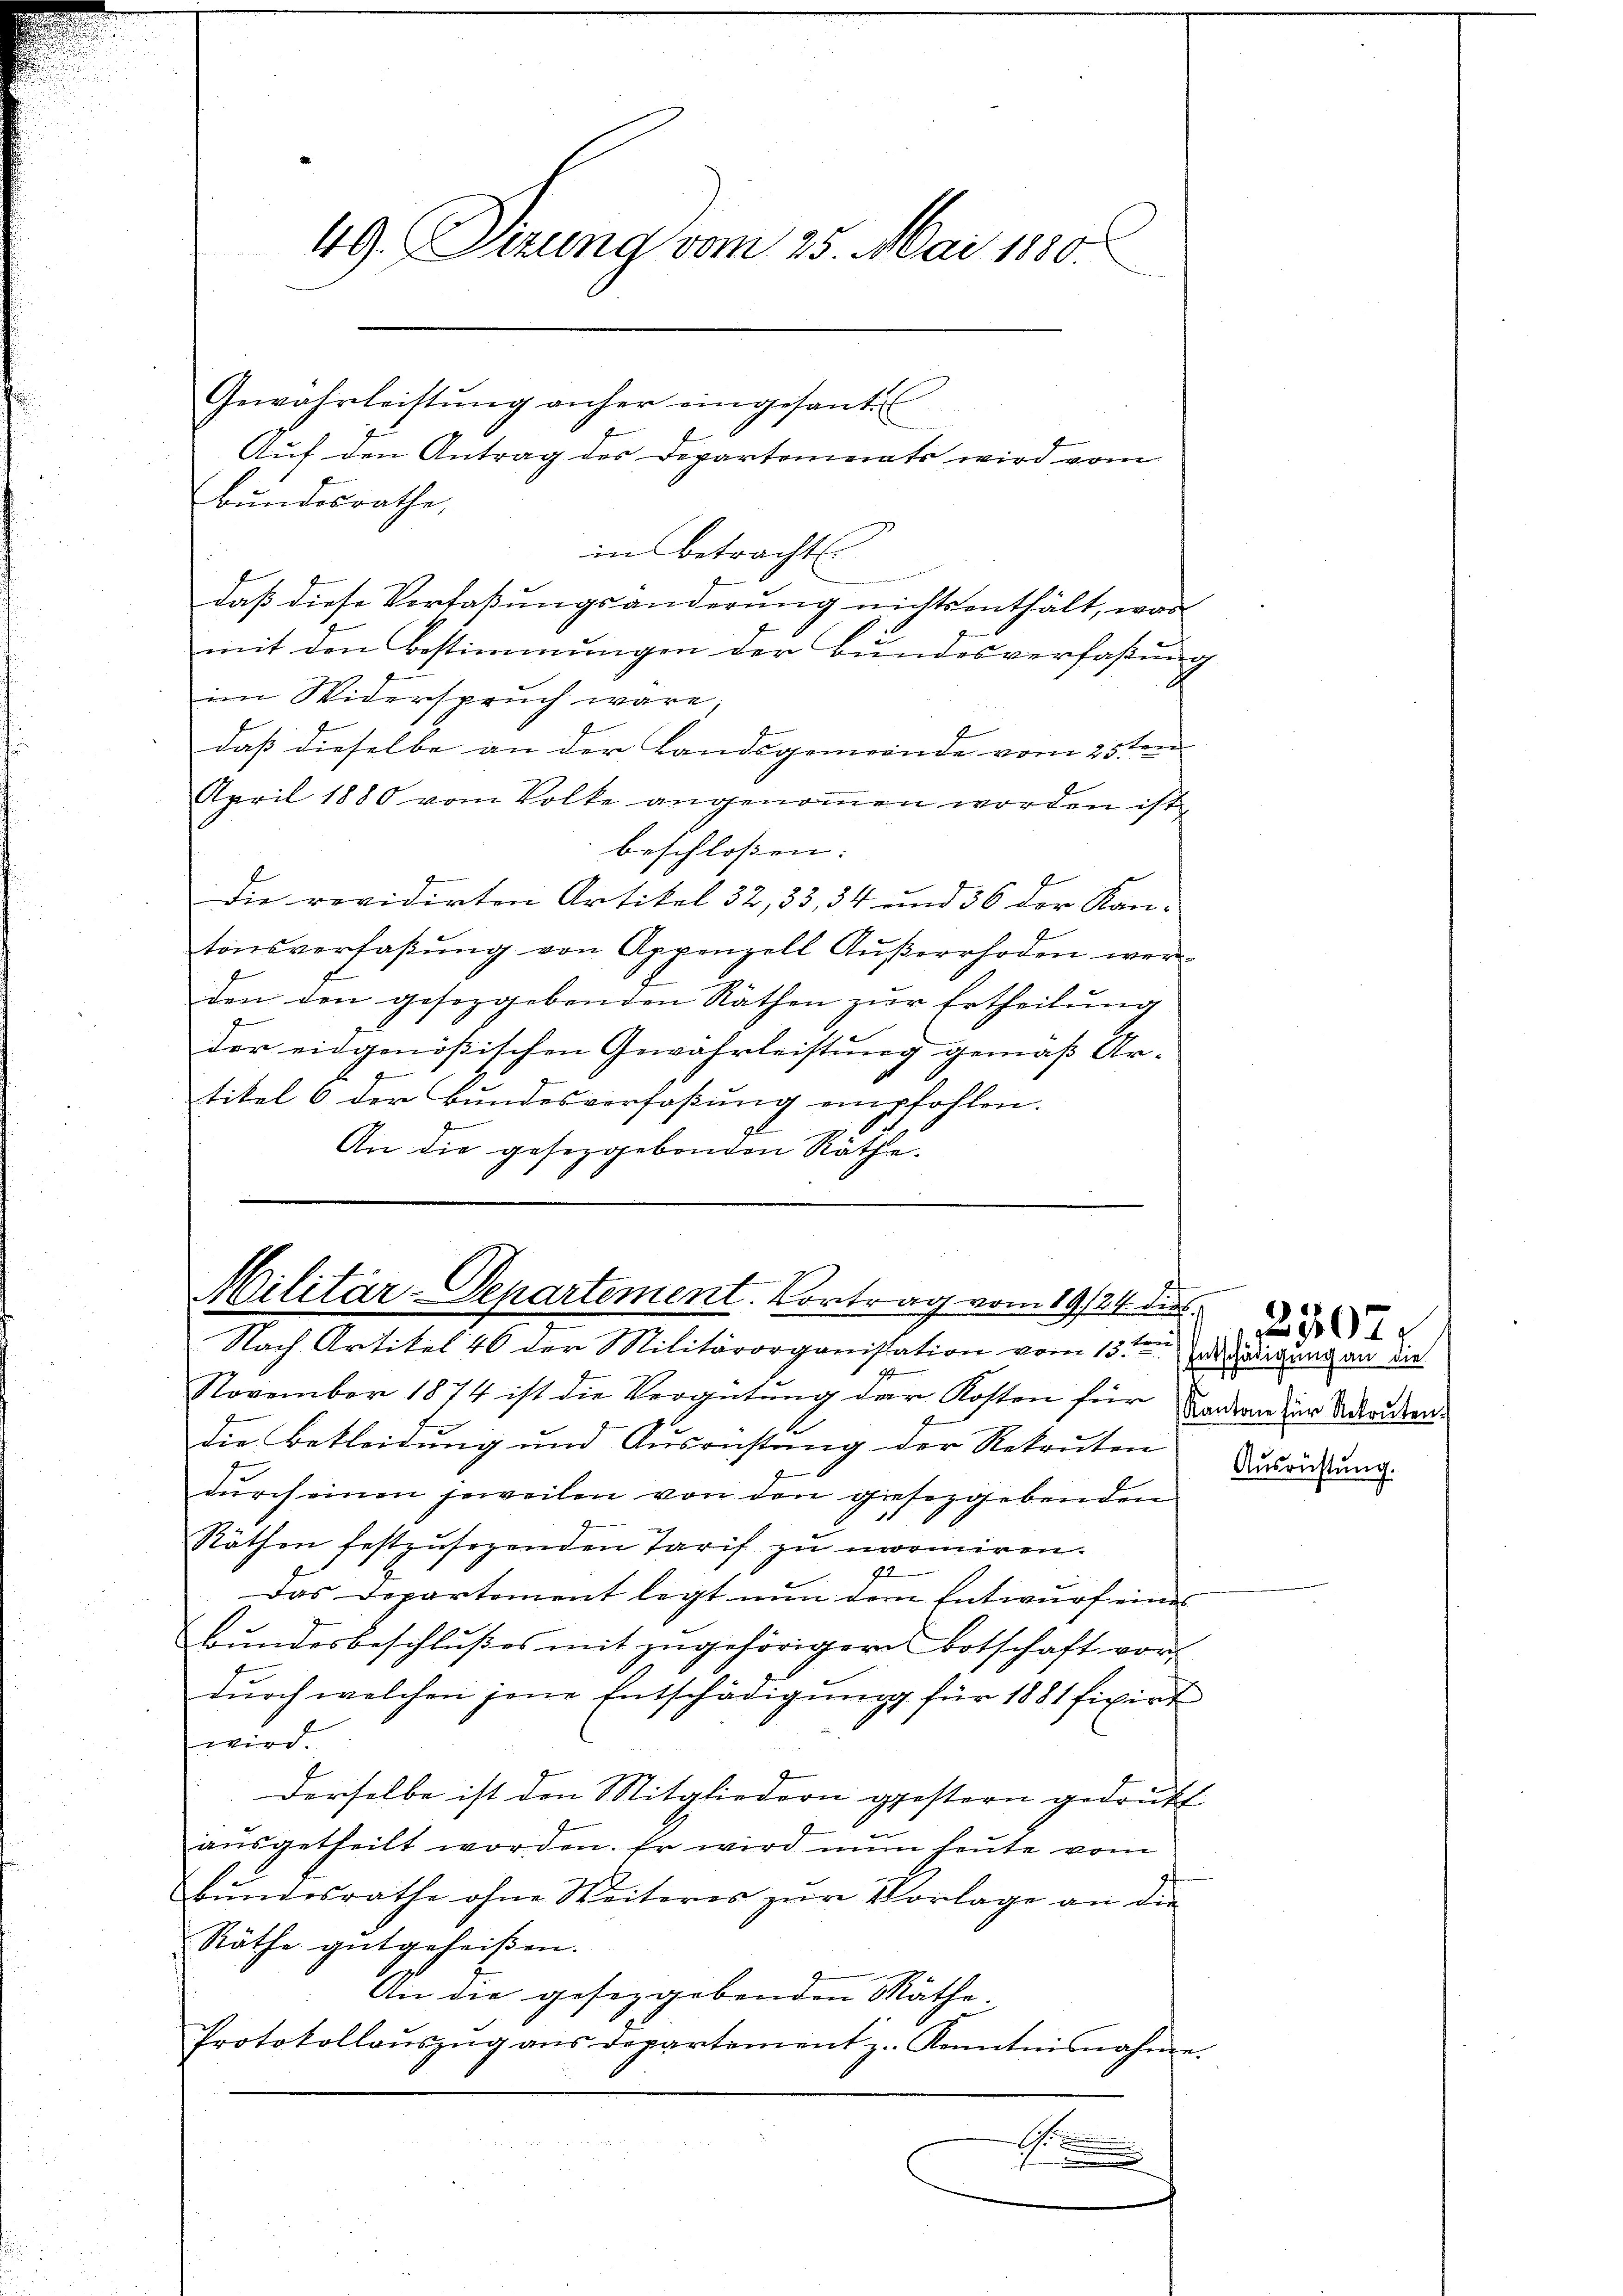
49. Sierung vom 25. Mai 1880
Gewahrleistŭng anher eingesant
Auf den Antrag des Departements wird vom
Bundesrathe,

in betracht.
daß diese Vorlaßungsänderung nichts enthält, was
mit den Bestimmungen der Bundesverfaßung
im Widerspruch wäre.
daß dieselbe an der Landsgemeinde vom 25ten
April 1880 vom Volke angenommen worden ist,
beschlossen:
Die revidirten Artikel 32, 33, 34 und 36 der Kan-
tonsverfaβŭng von Appenzell Aŭβerrhoden wer-
den den gesetzgebenden Räthen zŭr Ertheilung
der eidgenößischen Gewährleistung gemäß Ar-
f
tikel 6. der Bundesverfaßung empfohlen.
.
An die gesetzgebenden Räthe.

heute er in der

Militär-Departement. Vortrag vom 19/24. dies
Nach Artikel 46 der Militärorganistation vom 13ten de ledigung an die

November 1874 ist die Vergütung der Kosten für
Die Bekleidung und Ausrüstung der Rekruten Verordnung
e
durch einen jeweilen von den gesezgebenden
Räthen festzŭsezenden Tarif zu normiren.
z
Das Departement legt nun der Entwurf eines
Bundesbeschlußes mit zugehörigern Botschaft vor-
dŭrch welchen jene Entschädigŭng für 1881 fixirt
wird.
derselbe ist den Mitgliedern gestern gedrukt
aŭsgetheilt worden. Er wird nun heute vom
Bundesrathe ohne Weiteres zur Vorlage an die
Räthe gutgeheißen.
An die gesetzgebenden Mathe.
Protokollaŭszŭg aŭs departement z. Kenntnisnahme.
 xxx
.
i

2207.
Kantone für Rekruten.